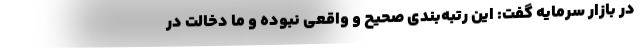
در بازار سرمایه گفت: این رتبه‌بندی صحیح و واقعی نبوده و ما دخالت در